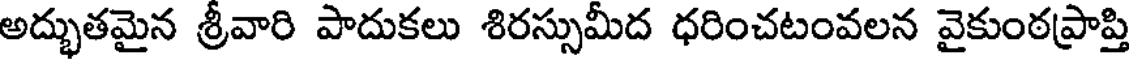
అద్భుతమైన శ్రీవారి పాదుకలు శిరస్సుమీద ధరించటంవలన వైకుంఠప్రాప్తి